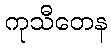
ကုသီတေန